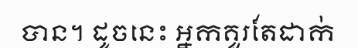
បាន។ ដូចនេះ អ្នកគួរតែដាក់